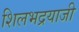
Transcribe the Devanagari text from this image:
शिलभद्रयाजी